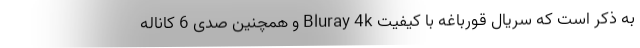
به ذکر است که سریال قورباغه با کیفیت Bluray 4k و همچنین صدی 6 کاناله